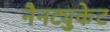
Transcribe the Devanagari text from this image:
नैनट्युकेट